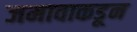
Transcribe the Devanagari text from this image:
जमावाकडून